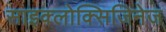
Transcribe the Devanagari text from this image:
साइक्लोक्सिजिनेज